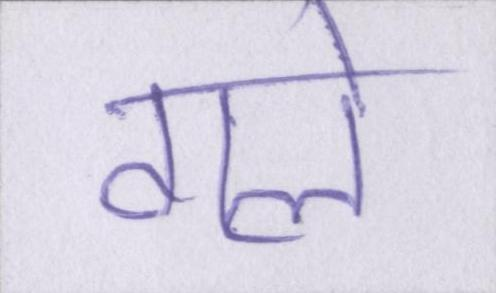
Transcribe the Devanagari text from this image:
गले